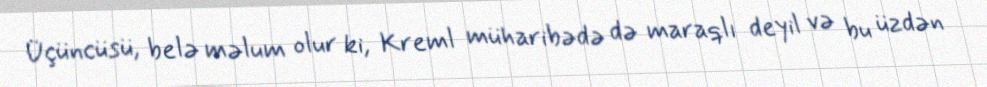
Üçüncüsü, belə məlum olur ki, Kreml müharibədə də maraqlı deyil və bu üzdən